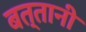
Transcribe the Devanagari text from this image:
बत्तानी